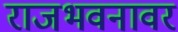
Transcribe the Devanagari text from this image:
राजभवनावर